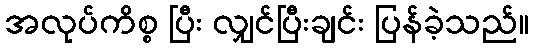
အလုပ်ကိစ္စ ပြီး လျှင်ပြီးချင်း ပြန်ခဲ့သည်။